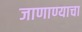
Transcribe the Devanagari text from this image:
जाणाण्याचा